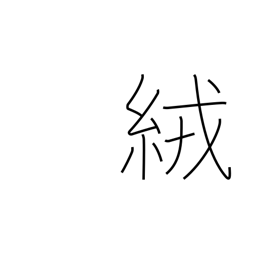
Meaning: wool cloth